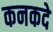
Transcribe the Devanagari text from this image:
कनकदे